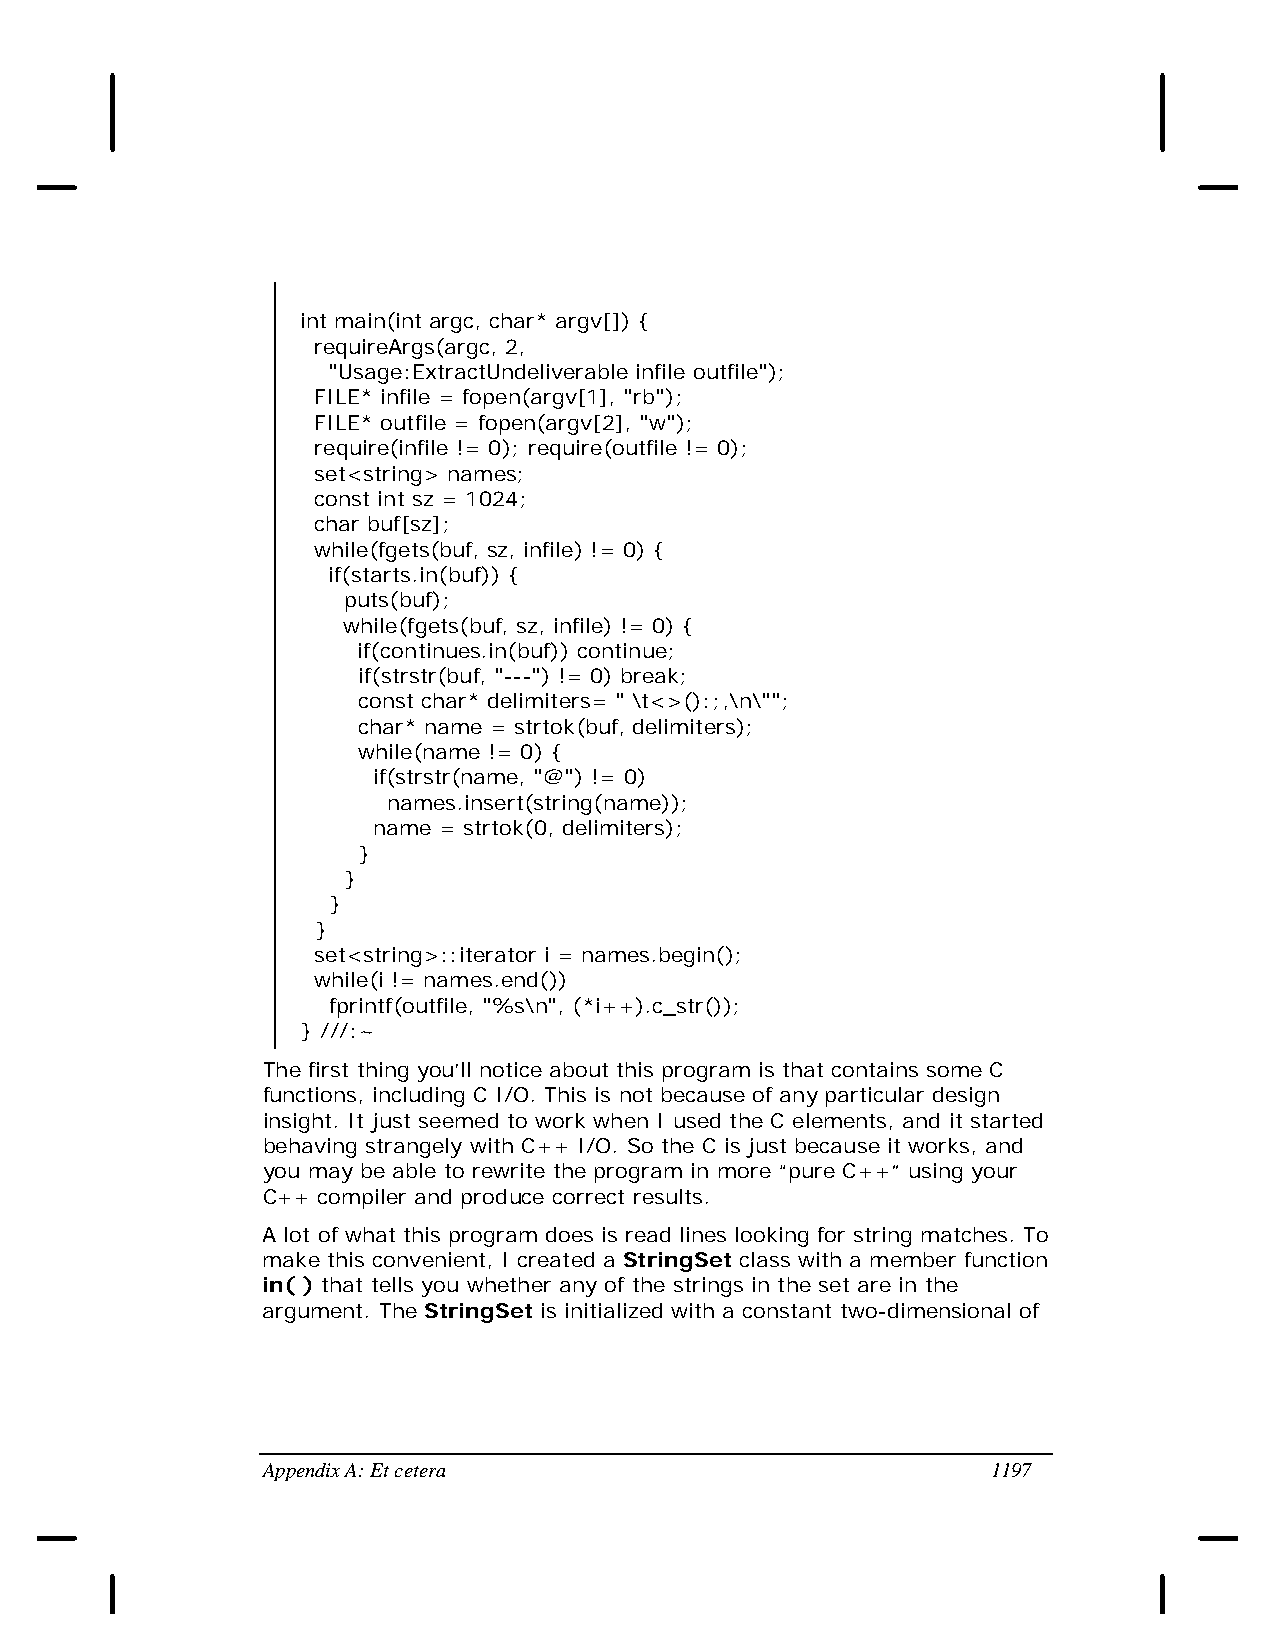
int main(int argc, char* argv[]) {
 requireArgs(argc, 2,
 "Usage:ExtractUndeliverable infile outfile");
 FILE* infile = fopen(argv[1], "rb");
 FILE* outfile = fopen(argv[2], "w");
 require(infile != 0); require(outfile != 0);
 set<string> names;
 const int sz = 1024;
 char buf[sz];
 while(fgets(buf, sz, infile) != 0) {
 if(starts.in(buf)) {
 puts(buf);
 while(fgets(buf, sz, infile) != 0) {
 if(continues.in(buf)) continue;
 if(strstr(buf, "---") != 0) break;
 const char* delimiters= " \t<>():;,\n\"";
 char* name = strtok(buf, delimiters);
 while(name != 0) {
 if(strstr(name, "@") != 0)
 names.insert(string(name));
 name = strtok(0, delimiters);
 }
 }
 }
 }
 set<string>::iterator i = names.begin();
 while(i != names.end())
 fprintf(outfile, "%s\n", (*i++).c_str());
 } ///:~
 The first thing you’ll notice about this program is that contains some C
 functions, including C I/O. This is not because of any particular design
 insight. It just seemed to work when I used the C elements, and it started
 behaving strangely with C++ I/O. So the C is just because it works, and
 you may be able to rewrite the program in more “pure C++” using your
 C++ compiler and produce correct results.
 A lot of what this program does is read lines looking for string matches. To
 make this convenient, I created a StringSet class with a member function
 in( ) that tells you whether any of the strings in the set are in the
 argument. The StringSet is initialized with a constant two-dimensional of
 Appendix A: Et cetera                            1197